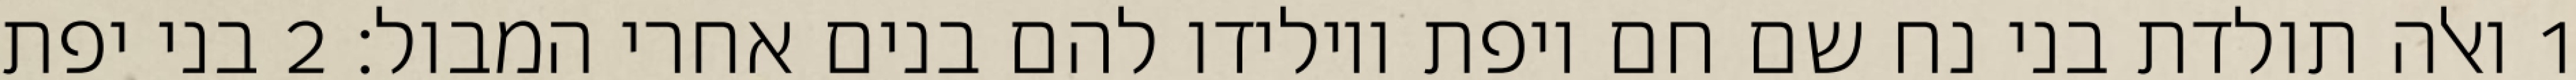
1 ואלה תולדת בני נח שם חם ויפת ויולידו להם בנים אחרי המבול׃ ‎2‏ בני יפת